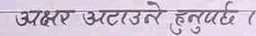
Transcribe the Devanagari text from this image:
अक्षर उटाउने हुनुपर्छ ।